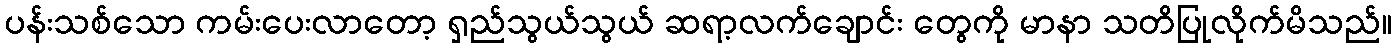
ပန်းသစ်သော ကမ်းပေးလာတော့ ရှည်သွယ်သွယ် ဆရာ့လက်ချောင်း တွေကို မာနာ သတိပြုလိုက်မိသည်။